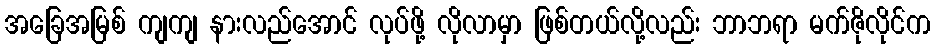
အခြေအမြစ် ကျကျ နားလည်အောင် လုပ်ဖို့ လိုလာမှာ ဖြစ်တယ်လို့လည်း ဘာဘရာ မက်ဇိုလိုင်က